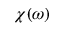
\chi ( \omega )